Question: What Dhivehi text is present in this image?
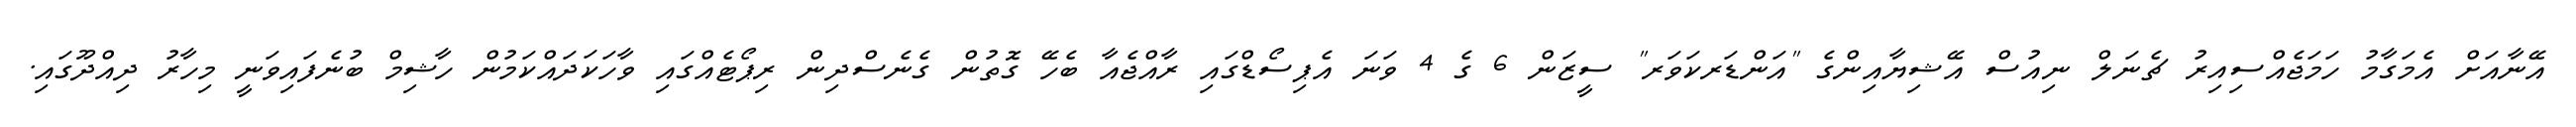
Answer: އޭނާއަށް އެމަގާމު ހަމަޖެއްސިއިރު ޗެނަލް ނިއުސް އޭޝިޔާއިންގެ "އަންޑަރކަވަރ" ސީޒަން 6 ގެ 4 ވަނަ އެޕިސޯޑްގައި ރާއްޖެއާ ބެހޭ ގޮތުން ގެނެސްދިން ރިޕޯޓެއްގައި ވާހަކަދައްކަމުން ހާޝިމް ބުނެފައިވަނީ މިހާރު ދިއްދޫގައި.